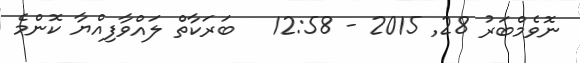
ނޮވެމްބަރު 28